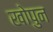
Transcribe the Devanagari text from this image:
खोपुन